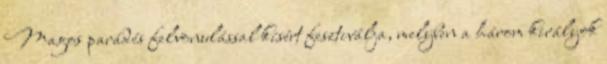
Magos parádés felvonulással kísért fesztiválja, melyben a három királyok